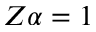
Z \alpha = 1